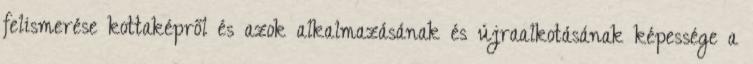
felismerése kottaképről és azok alkalmazásának és újraalkotásának képessége a